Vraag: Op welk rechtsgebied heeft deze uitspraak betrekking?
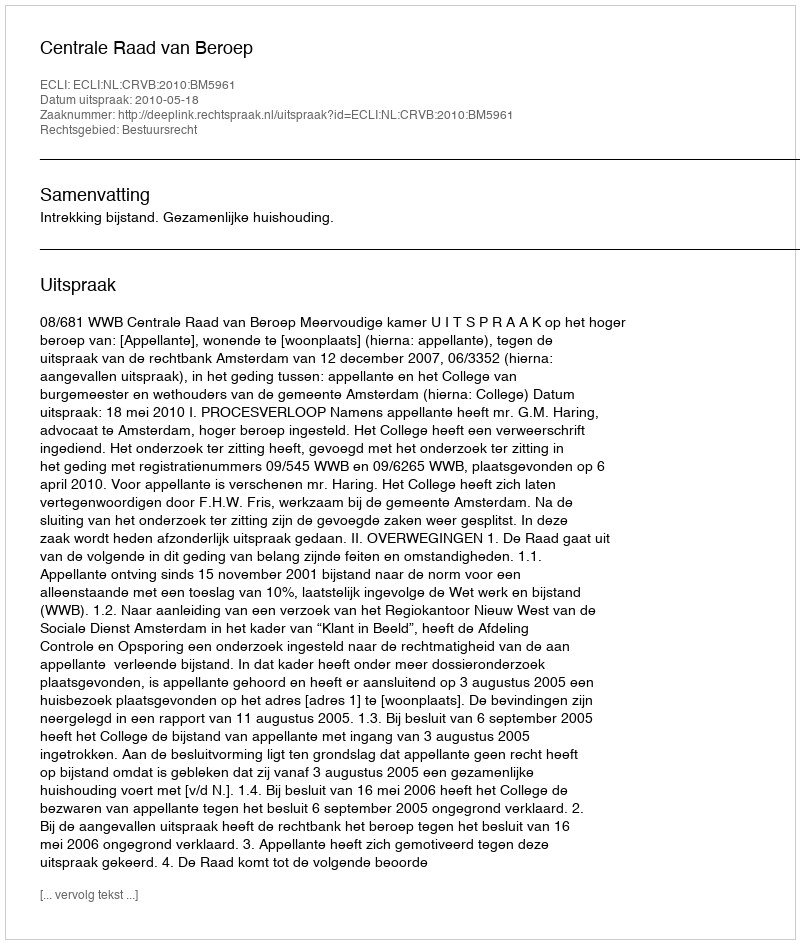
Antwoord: Bestuursrecht